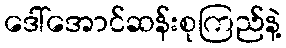
ဒေါ်အောင်ဆန်းစုကြည်နဲ့